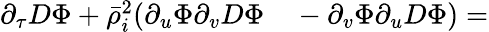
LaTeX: \begin{array}{rl}{\partial_{\tau}D\Phi+\bar{\rho}_{i}^{2}(\partial_{u}\Phi\partial_{v}D\Phi}&{{}-\partial_{v}\Phi\partial_{u}D\Phi)=}\end{array}